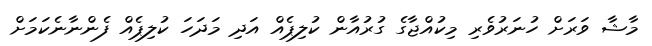
މާޝާ ވަރަށް ހުނަރުވެރި މިކުއްޖާގެ ގުރުއާން ކުލިޕެއް އަދި މަދަހަ ކުލިޕެއް ފެންނާނެކަމަށް